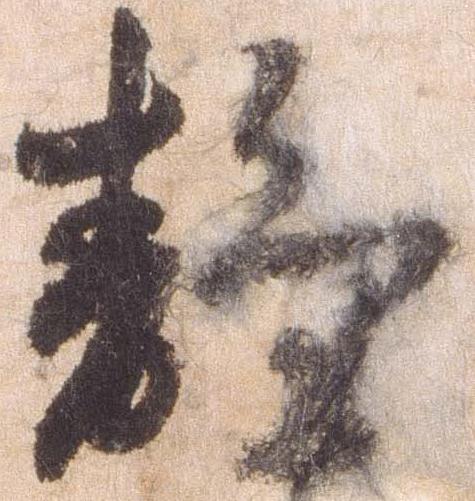
静